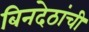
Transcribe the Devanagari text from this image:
बिनदेठांची